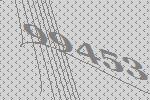
99453